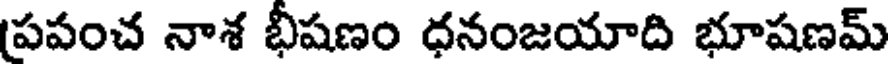
పపంచ నాశ భీషణం ధనంజయాది భూషణమ్